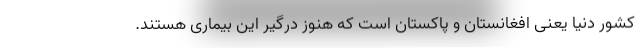
کشور دنیا یعنی افغانستان و پاکستان است که هنوز درگیر این بیماری هستند.